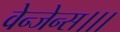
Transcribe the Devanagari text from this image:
वेन्जेन्स।।।